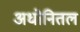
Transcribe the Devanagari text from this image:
अधोनितल